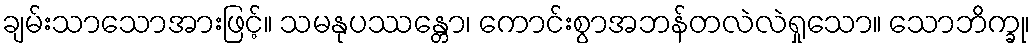
ချမ်းသာသောအားဖြင့်။ သမနုပဿန္တော၊ ကောင်းစွာအဘန်တလဲလဲရှုသော။ သောဘိက္ခု၊